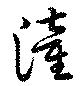
潼